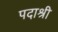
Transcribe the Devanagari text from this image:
पदाश्री